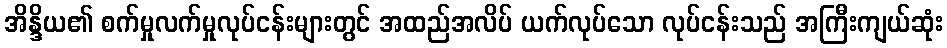
အိန္ဒိယ၏ စက်မှုလက်မှုလုပ်ငန်းများတွင် အထည်အလိပ် ယက်လုပ်သော လုပ်ငန်းသည် အကြီးကျယ်ဆုံး